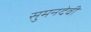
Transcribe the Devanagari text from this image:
सुमनदेवी